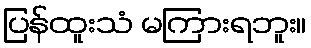
ပြန်ထူးသံ မကြားရဘူး။